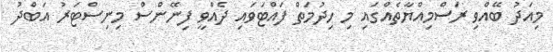
މިއަދު ބޭއްވި ރަސްމިއްޔާތެއްގައި މި ހިދުމަތް ފައްޓަވައި ދެއްވީ ފިނޭންސް މިނިސްޓަރު އަބްދު